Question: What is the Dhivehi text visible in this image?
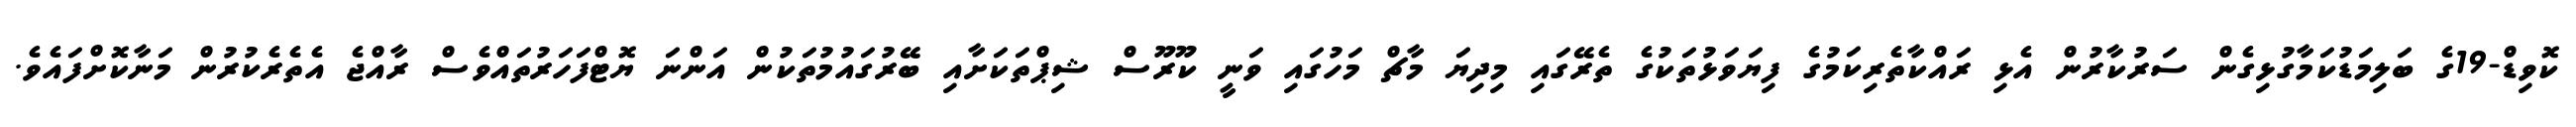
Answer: ކޮވިޑް-19ގެ ބަލިމަޑުކަމާގުޅިގެން ސަރުކާރުން އެޅި ރައްކާތެރިކަމުގެ ފިޔަވަޅުތަކުގެ ތެރޭގައި މިދިޔަ މާޗް މަހުގައި ވަނީ ކޫރޫސް ޝިޕްތަކަށާއި ބޭރުގައުމުތަކުން އަންނަ ޔޮޓްފަހަރުތައްވެސް ރާއްޖެ އެތެރެކުރުން މަނާކޮށްފައެވެ.